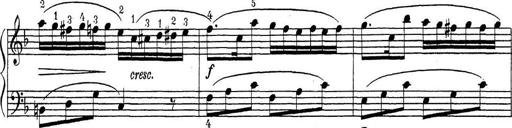
Title: ÄŒeskÃ© Sonatiny
Composer: Various